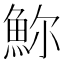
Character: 𩶗